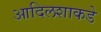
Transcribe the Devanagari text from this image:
आदिलशाकडे